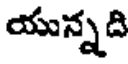
యున్నది